Civil Veterinary Department. Madras. Admin. report 1926-33 - 1926-1933
Year: 1926
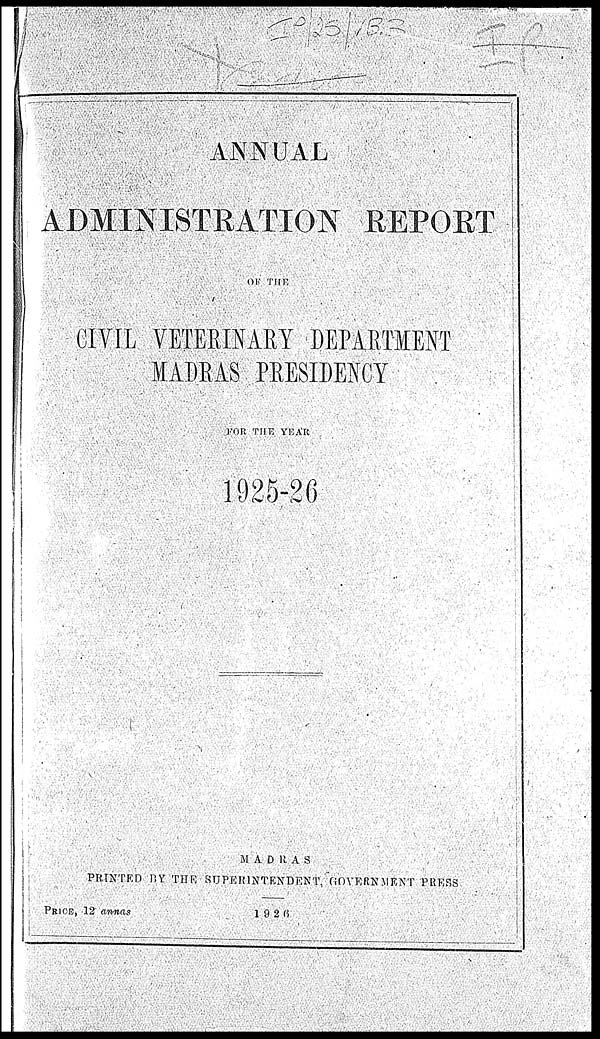
ANNUAL
ADMINISTRATION REPORT
OK THE
CIVIL VETERINARY DEPARTMENT
MADRAS PRESIDENCY
FOR THE YEAR
1925-20
MADRAS
PRINTED 1!Y THE SUPERINTENDENT, GOVERNMENT PRESS
PRICE, 12 annas
1926